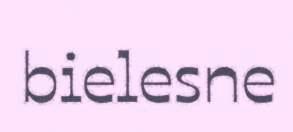
bielesne